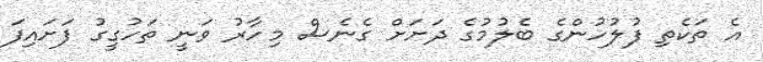
އެ ތަކެތި ފުލުހުންގެ ބެލުމުގެ ދަށަށް ގެނެސް މިހާރު ވަނީ ތަހުގީގު ފަށައިފަ